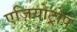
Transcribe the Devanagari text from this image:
एज़ियोट्रोप